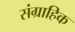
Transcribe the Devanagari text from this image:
संग्राहिक